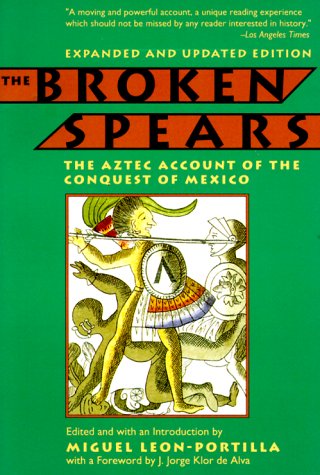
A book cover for The Broken Spears: The Aztec Account of the Conquest of Mexico; History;